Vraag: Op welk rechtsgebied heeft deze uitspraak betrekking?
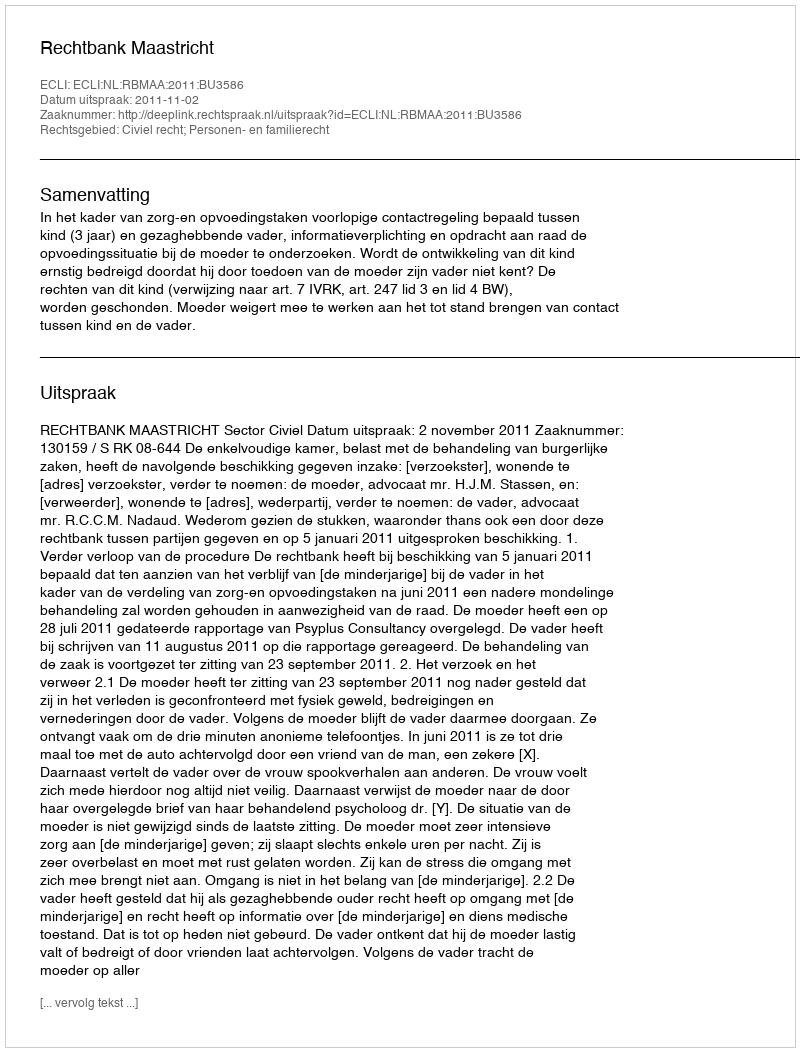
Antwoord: Civiel recht; Personen- en familierecht